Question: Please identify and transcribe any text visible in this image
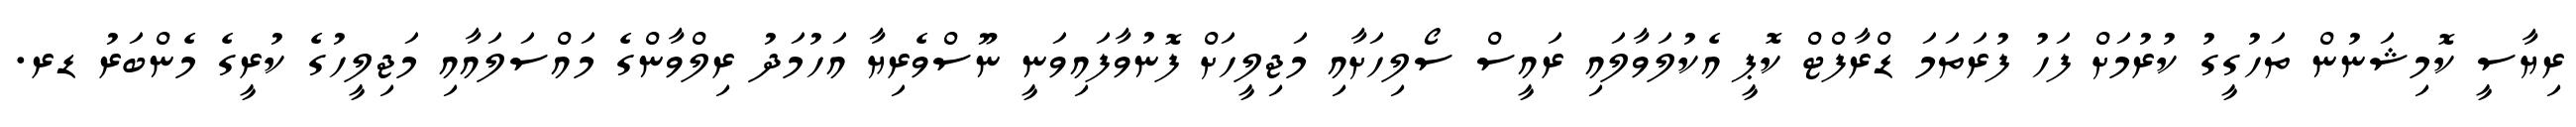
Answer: ރިޔާސީ ކޮމިޝަނުން ތަހުގީގު ކުރުމަށް ފަހު ފުރަތަމަ ޑްރާފްޓް ކޮޕީ އެކުލަވާލައި ރައީސް ސޯލިހަށާއި މަޖިލީހަށް ފޮނުވާފައިވަނީ ނޫސްވެރިޔާ އަހުމަދު ރިލްވާންގެ މައްސަލައާއި މަޖިލީހުގެ ކުރީގެ މެންބަރު ޑރ.